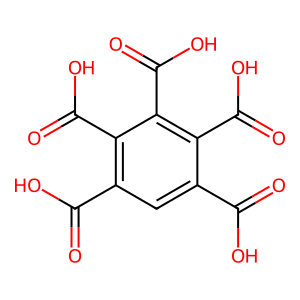
SMILES: O=C(O)c1cc(C(=O)O)c(C(=O)O)c(C(=O)O)c1C(=O)O
Inhibits HIV replication: No